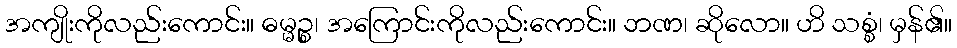
အကျိုးကိုလည်းကောင်း။ ဓမ္မဉ္စ၊ အကြောင်းကိုလည်းကောင်း။ ဘဏ၊ ဆိုလော။ ဟိ သစ္စံ၊ မှန်၏။